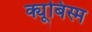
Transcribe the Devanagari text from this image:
क्यूबिस्म